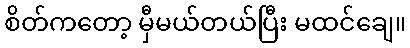
စိတ်ကတော့ မှီမယ်တယ်ပြီး မထင်ချေ။